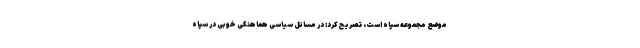
موضع مجموعه سپاه است، تصریح کرد: در مسائل سیاسی هماهنگی خوبی در سپاه